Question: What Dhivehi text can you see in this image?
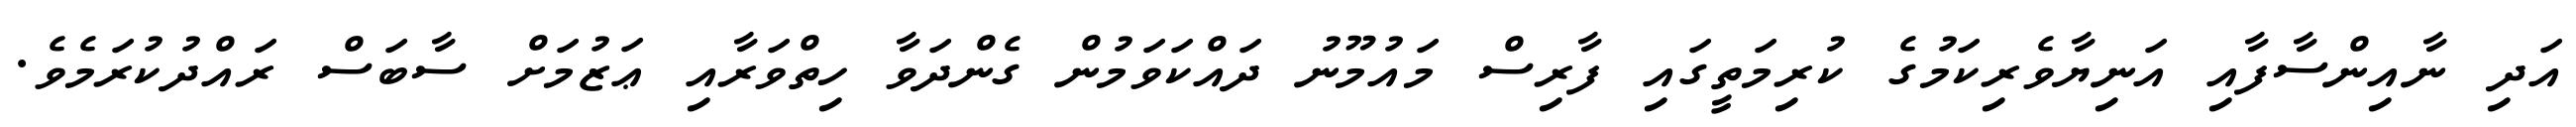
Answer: އަދި ނާއިންސާފާއި އަނިޔާވެރިކަމުގެ ކުރިމަތީގައި ފާރިސް މައުމޫނު ދައްކަވަމުން ގެންދަވާ ހިތްވަރާއި ޢަޒުމަށް ސާބަސް ރައްދުކުރަމެވެ.